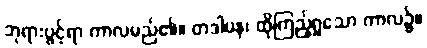
ဘုရားပွင့်ရာ ကာလမည်၏။ တဒါပန၊ ထိုကြည့်ရှုသော ကာလ၌။